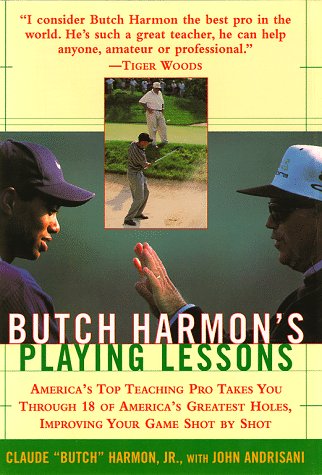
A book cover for Butch Harmons Playing Lessons; Butch Harmon; Sports & Outdoors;